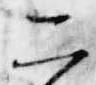
二